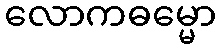
လောကဓမ္မော